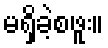
မရှိခဲ့စဖူး။